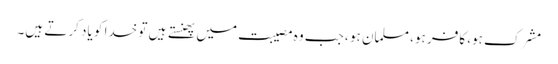
مشرک ہو، کافر ہو، مسلمان ہو ، جب وہ مصیبت میں پھنستے ہیں تو خدا کو یاد کرتے ہیں۔